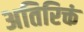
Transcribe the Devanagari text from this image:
अतिरिक्तं